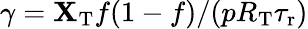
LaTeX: \gamma=\mathbf{X}_{\mathrm{{T}}}f(1-f)/(pR_{\mathrm{{T}}}{\tau_{\mathrm{{r}}}})